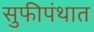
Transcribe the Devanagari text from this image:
सुफीपंथात